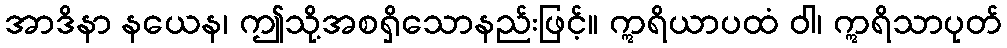
အာဒိနာ နယေန၊ ဤသို့အစရှိသောနည်းဖြင့်။ ဣရိယာပထံ ဝါ၊ ဣရိသာပုတ်